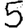
Digit: 5